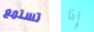
تستمع إذا